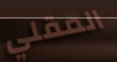
المقلي